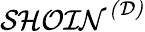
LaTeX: {\mathcal{SHOIN}}^{\mathcal{(D)}}